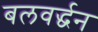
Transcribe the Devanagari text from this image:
बलवर्द्धन